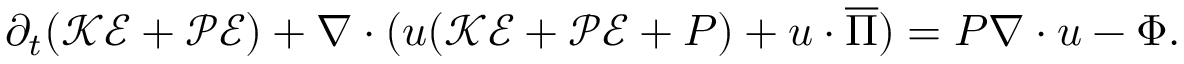
\partial _ { t } ( \mathcal { K E } + \mathcal { P E } ) + \ensuremath { \nabla } \cdot ( \ensuremath { \boldsymbol } { u } ( \mathcal { K E } + \mathcal { P E } + P ) + \ensuremath { \boldsymbol } { u } \cdot \ensuremath { \boldsymbol } { \overline { { \Pi } } } ) = P \ensuremath { \nabla } \cdot \ensuremath { \boldsymbol } { u } - \Phi .